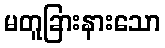
မတူခြားနားသော